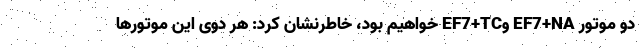
دو موتور EF7+NA وEF7+TC خواهیم بود، خاطرنشان کرد: هر دوی این موتورها